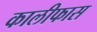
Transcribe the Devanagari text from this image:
कालीफास